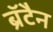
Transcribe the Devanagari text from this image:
ब्रॅटैन